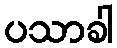
ပသာခါ